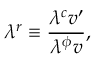
\lambda ^ { r } \equiv \frac { \lambda ^ { c } v ^ { \prime } } { \lambda ^ { \phi } v } ,